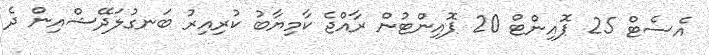
އެސެޓް 25 ޕޮއިންޓް 20 ޕޮއިންޓުން ރާއްޖެ ކާމިޔާބު ކުރިއިރު ބަނގުލަދޭޝްއިން ދެ